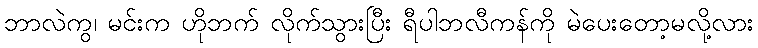
ဘာလဲကွ၊ မင်းက ဟိုဘက် လိုက်သွားပြီး ရီပါဘလီကန်ကို မဲပေးတော့မလို့လား